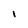
Character: l